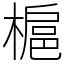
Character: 槴